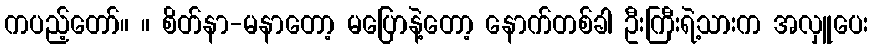
ကပည့်တော်။ ။ စိတ်နာ-မနာတော့ မပြောနဲ့တော့ နောက်တစ်ခါ ဦးကြီးရဲ့သားက အလှူပေး